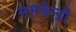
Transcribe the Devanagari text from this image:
समकेन्द्री